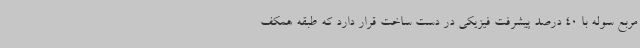
مربع سوله با 40 درصد پیشرفت فیزیکی در دست ساخت قرار دارد که طبقه همکف